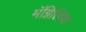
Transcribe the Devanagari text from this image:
मॅग्निलिया